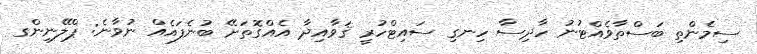
ސިމެންތި ބަސްތާވެއްޓުނު ހާދިސާ ހިނގި ސައިޓްހުރީ ޤަވާއިދާ އެއްގޮތަށޭ ބުނެފައެއް ނުވާނެ: ޕްލޭނިންގ